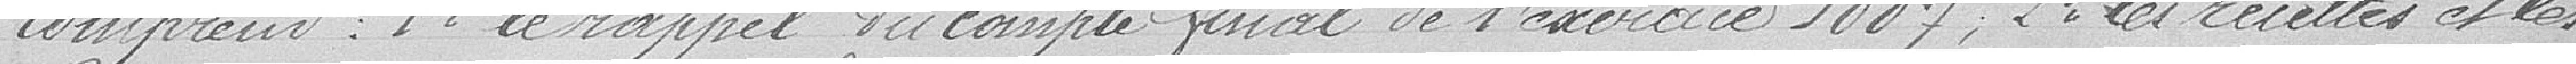
comprend: 1: le rappel du compte final de l'exercice 1887; 2: la recettes et les